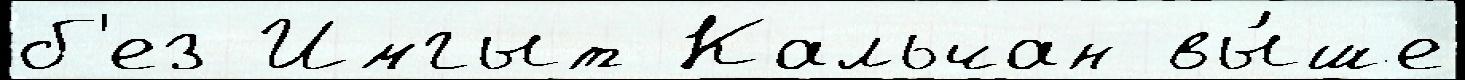
б'ез Имгыт Кальчан вы́ше